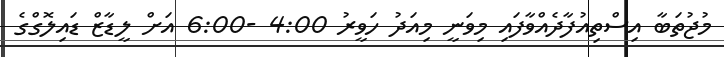
މުޖުތަބާ އިސްތިއުފާދެއްވާފައި މިވަނީ މިއަދު ހަވީރު 4:00 -6:00 އަށް ލީޑާޒް ޑައިލޮގްގެ